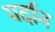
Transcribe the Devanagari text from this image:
पर्दान